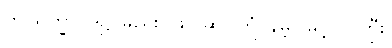
ဤသိက္ခာပုဒ်၌-မည်း၊ ဖြူ၊ ဆူ၊ ကြုံ၊ နိမ့်၊ မြင့်၊ ဝါကြီး၊